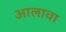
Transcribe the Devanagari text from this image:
अालावा